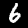
Label: 6